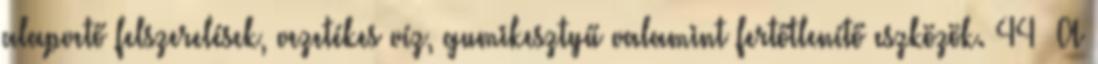
alapvető felszerelések, vezetékes víz, gumikesztyű valamint fertőtlenítő eszközök. 44 A